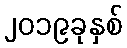
၂၀၁၉ခုနှစ်